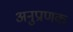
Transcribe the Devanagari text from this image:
अनुप्राणक